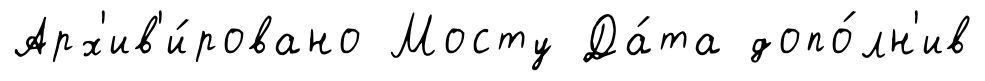
Арх'ив'и́ровано Мосту Да́та допо́лн'ив